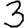
Digit: 3